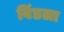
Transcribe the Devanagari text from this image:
विंडला